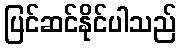
ပြင်ဆင်နိုင်ပါသည်